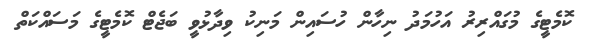
ކޮމެޓީގެ މުގައްރިރު އަހުމަދު ނިހާން ހުސައިން މަނިކު ވިދާޅުވީ ބަޖެޓް ކޮމެޓީގެ މަސައްކަތް